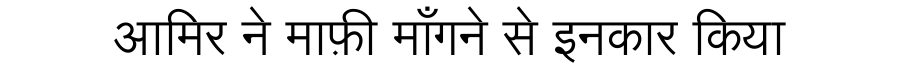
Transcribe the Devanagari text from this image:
आमिर ने माफ़ी माँगने से इनकार किया